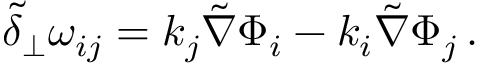
\tilde { \delta } _ { \perp } \omega _ { i j } = k _ { j } \tilde { \nabla } \Phi _ { i } - k _ { i } \tilde { \nabla } \Phi _ { j } \, .